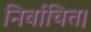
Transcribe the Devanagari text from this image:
निर्वाचित।